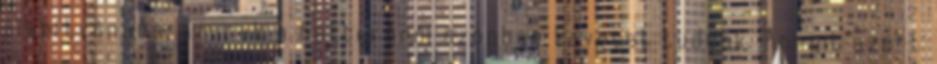
alapítványra, aminek a hátteréről azonban keveset tudunk. Annyit azért